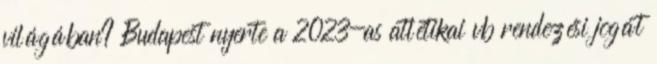
világában? Budapest nyerte a 2023-as atlétikai vb rendezési jogát